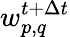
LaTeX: w_{p,q}^{t+\Delta t}